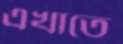
এখাতে